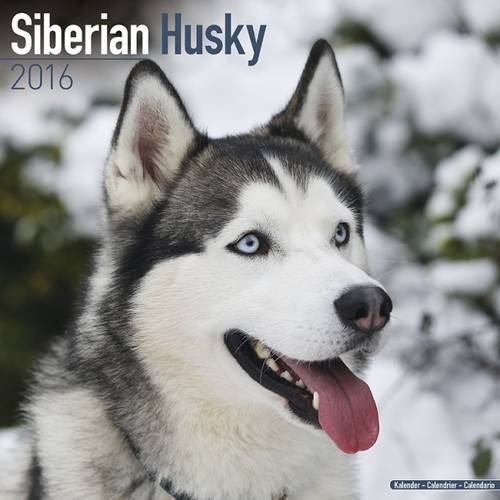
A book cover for Siberian Husky Calendar - Only Dog Breed Siberian Husky Calendar - 2016 Wall calendars - Dog Calendars - Monthly Wall Calendar by Avonside; MegaCalendars; Calendars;